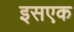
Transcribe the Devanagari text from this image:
इसएक